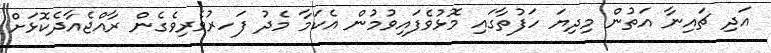
އަދި ޗައިނާ އަތުން މިދިޔަ ހަފުތާގައި މޮޅުވެފައިވުމުން އެކަމާ މެދު ފަހރުވެރިވެގެން ރާއްޖެއާދެކޮޅަށް